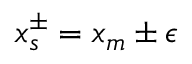
x _ { s } ^ { \pm } = x _ { m } \pm \epsilon